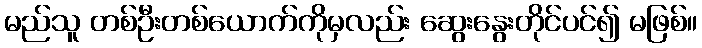
မည်သူ တစ်ဦးတစ်ယောက်ကိုမှလည်း ဆွေးနွေးတိုင်ပင်၍ မဖြစ်။